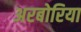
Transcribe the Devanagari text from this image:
अरबोरिया